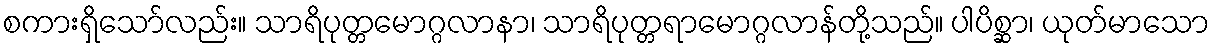
စကားရှိသော်လည်း။ သာရိပုတ္တမောဂ္ဂလာနာ၊ သာရိပုတ္တရာမောဂ္ဂလာန်တို့သည်။ ပါပိစ္ဆာ၊ ယုတ်မာသော